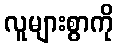
လူများစွာကို